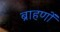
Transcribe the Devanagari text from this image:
ब्राहणों